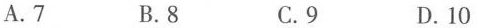
A.7 B.8 C.9 D.10